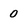
Character: 0